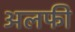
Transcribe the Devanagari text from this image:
अलफी